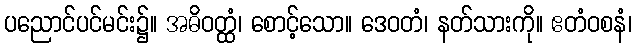
ပညောင်ပင်မင်း၌။ အဓိဝတ္ထံ၊ စောင့်သော။ ဒေဝတံ၊ နတ်သားကို။ ဧတံဝစနံ၊